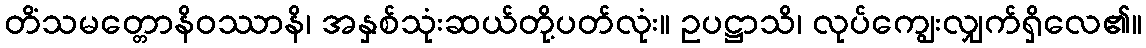
တိံသမတ္တောနိဝဿာနိ၊ အနှစ်သုံးဆယ်တို့ပတ်လုံး။ ဥပဋ္ဌာသိ၊ လုပ်ကျွေးလျှက်ရှိလေ၏။